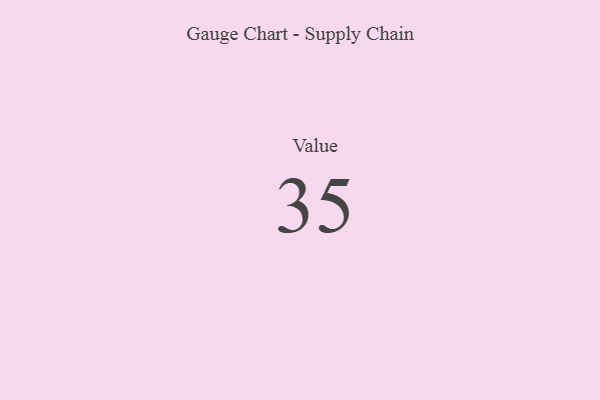
{"axis": {"x": "Metric", "y": "Value"}, "legend": [""], "data": [{"x": "Value", "y": 35, "type": ""}]}